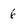
Character: 6